Senior Leaving Certificate Examination (including Day School Certificate (Higher) General paper), 1948
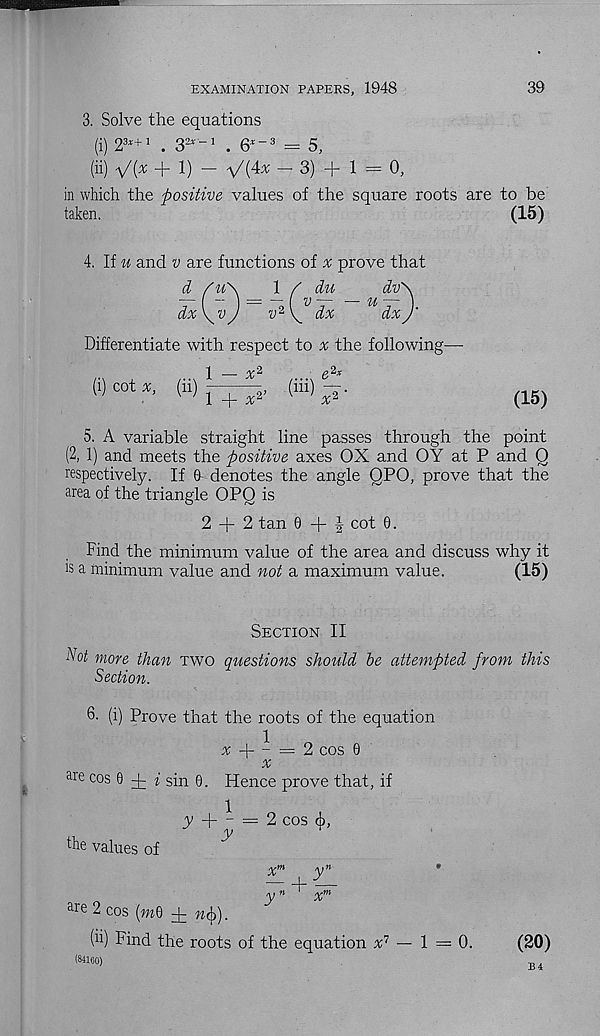
EXAMINATION PAPERS, 1948
39
3. Solve the equations
(\\ 03*+ 1
02*— 1
«*-3 __ C
(ii) V(*+1) - V(4*-3) + 1 = o,
in which the positive values of the square roots are to be
taken.
(15)
4. If u and v are functions of ^ prove that
d /u\
l f du
dv s
dx\v J
v 2^ dx
U dx
Differentiate with respect to % the following—
1
/y; 2
z>2*
Wcot^ (ii)^^, (hi)^-.
(15)
5. A variable straight line passes through the point
(2, 1) and meets the positive axes OX and OY at P and Q
respectively. If 6- denotes the angle QPO, prove that the
area of the triangle OPQ is
2 + 2 tan 0 + f cot 0.
Find the minimum value of the area and discuss why it
rs a minimum value and not a maximum value.
(15)
Section II
Hot more than two questions should be attempted from this
Section.
6. (i) Prove that the roots of the equation
% + - = 2 cos 0
are cos 0 + f sin 0. Hence prove that, if
the values of
y + - = 2 cos eh,
y
x m
y n
— +
yn
x m
are 2 cos (mO + n§).
(ii) Find the roots of the equation a; 7 — 1 = 0.
(20)
(84160)
B 4